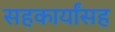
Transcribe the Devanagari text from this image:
सहकार्यांसह